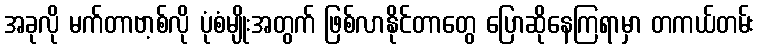
အခုလို မက်တာဗာ့စ်လို ပုံစံမျိုးအတွက် ဖြစ်လာနိုင်တာတွေ ပြောဆိုနေကြရာမှာ တကယ်တမ်း